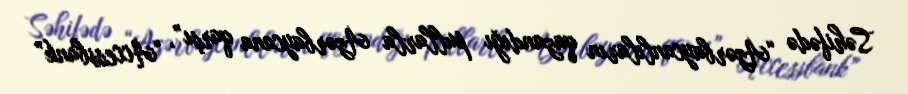
Səhifədə “Azərbaycanlıların qazandığı pullarla Azərbaycana qarşı”, “Accessbank”